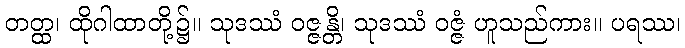
တတ္ထ၊ ထိုဂါထာတို့၌။ သုဒဿံ ဝဇ္ဇန္တိ၊ သုဒဿံ ဝဇ္ဇံ ဟူသည်ကား။ ပရဿ၊